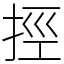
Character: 挳